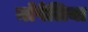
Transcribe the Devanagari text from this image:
माँपेलिया